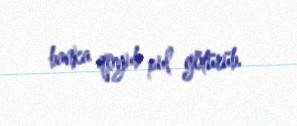
banka qoyub pul götürüb.